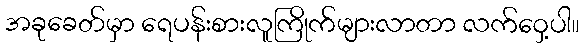
အခုခေတ်မှာ ရေပန်းစားလူကြိုက်များလာတာ လက်ဝှေ့ပါ။